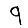
Digit: 9